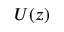
U ( z )